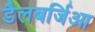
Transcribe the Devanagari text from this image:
डैलबर्जिआ